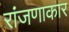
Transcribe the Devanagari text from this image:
रांजणाकार